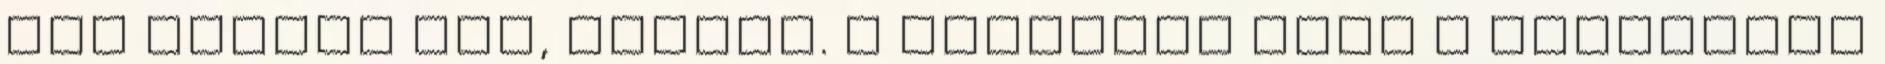
nem néztem föl, lejárt. a dzsungár kapu a tenshanra